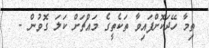
ތިމާ ހޭދަކޮށްފައިވާ ތަކެތީގެ މައްޗަށް ކަލަ ގޮވުން -